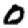
Digit: 0